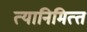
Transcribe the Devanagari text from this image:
त्‍यानिमित्‍त